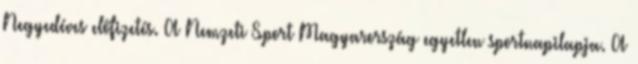
Negyedéves előfizetés. A Nemzeti Sport Magyarország egyetlen sportnapilapja. A